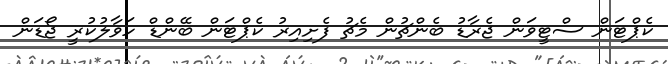
ކެޕްޓަން ސްޓީވަން ޖެރާޑު ބެންޗުން މެޗު ފެށިއިރު ކެޕްޓަން ބޭންޑް ހަވާލުކުރީ ޖޯޑަން